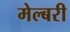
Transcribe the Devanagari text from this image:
मेल्बरी